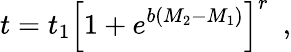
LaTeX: t=t_{1}\left[1+e^{b(M_{2}-M_{1})}\right]^{r}\, \, \, ,